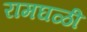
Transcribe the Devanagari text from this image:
रामघळी